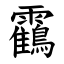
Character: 靍